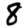
Digit: 8